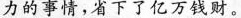
力的事情，省下了亿万钱财。